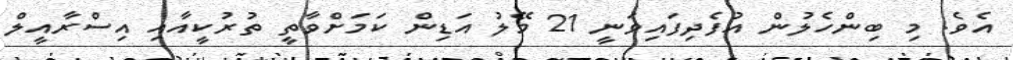
އެވެ. މި ބިންހެލުން އުފެދިފައިވަނީ 21 މޭލު އަޑިން ކަމަށްވާތީ ތުރުކީއާއި އިސްރާއީލް